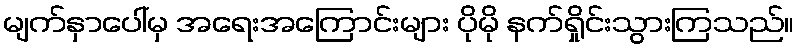
မျက်နှာပေါ်မှ အရေးအကြောင်းများ ပိုမို နက်ရှိုင်းသွားကြသည်။